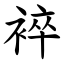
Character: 䘹